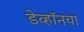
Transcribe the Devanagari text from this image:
डेव्हॉनचा